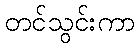
တင်သွင်းကာ